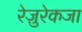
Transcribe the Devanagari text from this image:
रेज़ुरेकजा